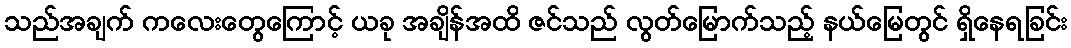
သည်အချက် ကလေးတွေကြောင့် ယခု အချိန်အထိ ဇင်သည် လွတ်မြောက်သည့် နယ်မြေတွင် ရှိနေရခြင်း